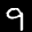
Label: 9